Document type: Dowry
Year: 1238
Scribe: Berenguer Jaume
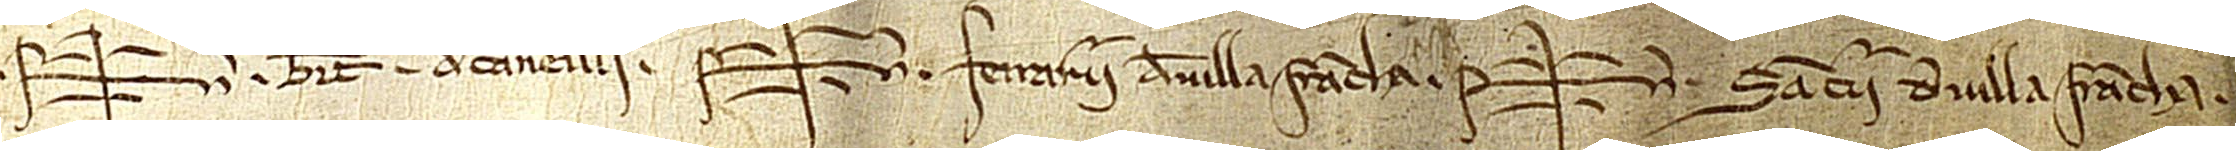
Sig+num Bertrandi de Canellis. Sig+num Ferrarii de Villafrancha. Sig+num Sancii de Villafrancha.